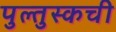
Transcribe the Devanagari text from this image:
पुल्तुस्कची